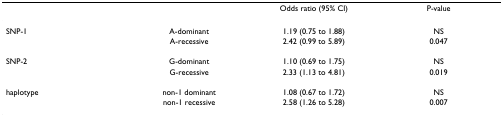
<table><thead><tr><td></td><td></td><td><b>Odds ratio (95% CI)</b></td><td><b>P-value</b></td></tr></thead><tbody><tr><td>SNP-1</td><td>A-dominant</td><td>1.19 (0.75 to 1.88)</td><td>NS</td></tr><tr><td></td><td>A-recessive</td><td>2.42 (0.99 to 5.89)</td><td>0.047</td></tr><tr><td>SNP-2</td><td>G-dominant</td><td>1.10 (0.69 to 1.75)</td><td>NS</td></tr><tr><td></td><td>G-recessive</td><td>2.33 (1.13 to 4.81)</td><td>0.019</td></tr><tr><td>haplotype</td><td>non-1 dominant</td><td>1.08 (0.67 to 1.72)</td><td>NS</td></tr><tr><td></td><td>non-1 recessive</td><td>2.58 (1.26 to 5.28)</td><td>0.007</td></tr></tbody></table>